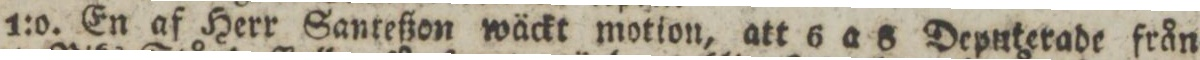
1:o. En af Herr Sanreßon wäckt motion, att 6 a 8 Deputerade från